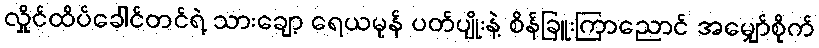
လှိုင်ထိပ်ခေါင်တင်ရဲ့ သားချော့ ရေယမုန် ပတ်ပျိုးနဲ့ စိန်ခြူးကြာညောင် အမျှော်စိုက်